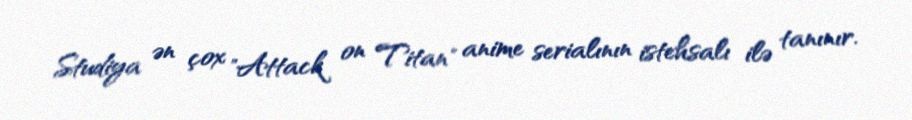
Studiya ən çox "Attack on Titan" anime serialının istehsalı ilə tanınır.